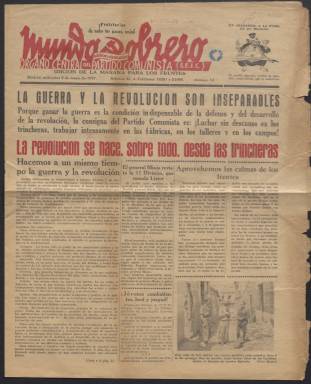
Título: Mundo obrero (Ed. de la mañana para los frentes)
Colección: Periódicos || Guerra civil
Ámbito geográfico: Madrid
Lugar de publicación: Madrid
Fechas: 05/05/1937-26/03/1938